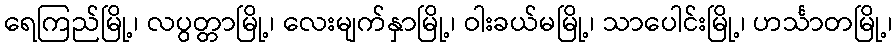
ရေကြည်မြို့၊ လပွတ္တာမြို့၊ လေးမျက်နှာမြို့၊ ဝါးခယ်မမြို့၊ သာပေါင်းမြို့၊ ဟင်္သာတမြို့၊